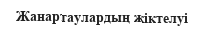
Жанартаулардың жіктелуі